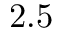
2 . 5